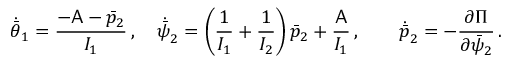
\dot { \bar { \theta } } _ { 1 } = \frac { - \mathsf { A } - \bar { p } _ { 2 } } { I _ { 1 } } \, , \quad \dot { \bar { \psi } } _ { 2 } = \left( \frac { 1 } { I _ { 1 } } + \frac { 1 } { I _ { 2 } } \right) \bar { p } _ { 2 } + \frac { \mathsf { A } } { I _ { 1 } } \, , \qquad \dot { \bar { p } } _ { 2 } = - \frac { \partial \Pi } { \partial \bar { \psi } _ { 2 } } \, .